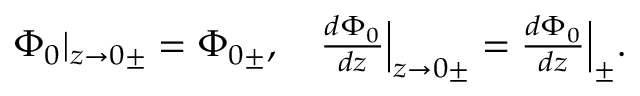
\begin{array} { r } { { \Phi } _ { 0 } | _ { z \to 0 \pm } = { \Phi } _ { 0 \pm } , \quad \frac { d { \Phi } _ { 0 } } { d z } \Big | _ { z \to 0 \pm } = \frac { d { \Phi } _ { 0 } } { d z } \Big | _ { \pm } . } \end{array}